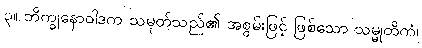
၃။ ဘိက္ခုနောဝါဒက သမုတ်သည်၏ အစွမ်းဖြင့် ဖြစ်သော သမ္မုတိကံ၊